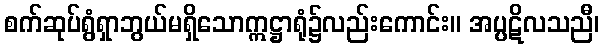
စက်ဆုပ်ရွံရှာဘွယ်မရှိသောဣဋ္ဌာရုံ၌လည်းကောင်း။ အပ္ပဋိလသညီ၊